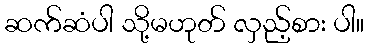
ဆက်ဆံပါ သို့မဟုတ် လှည့်စား ပါ။